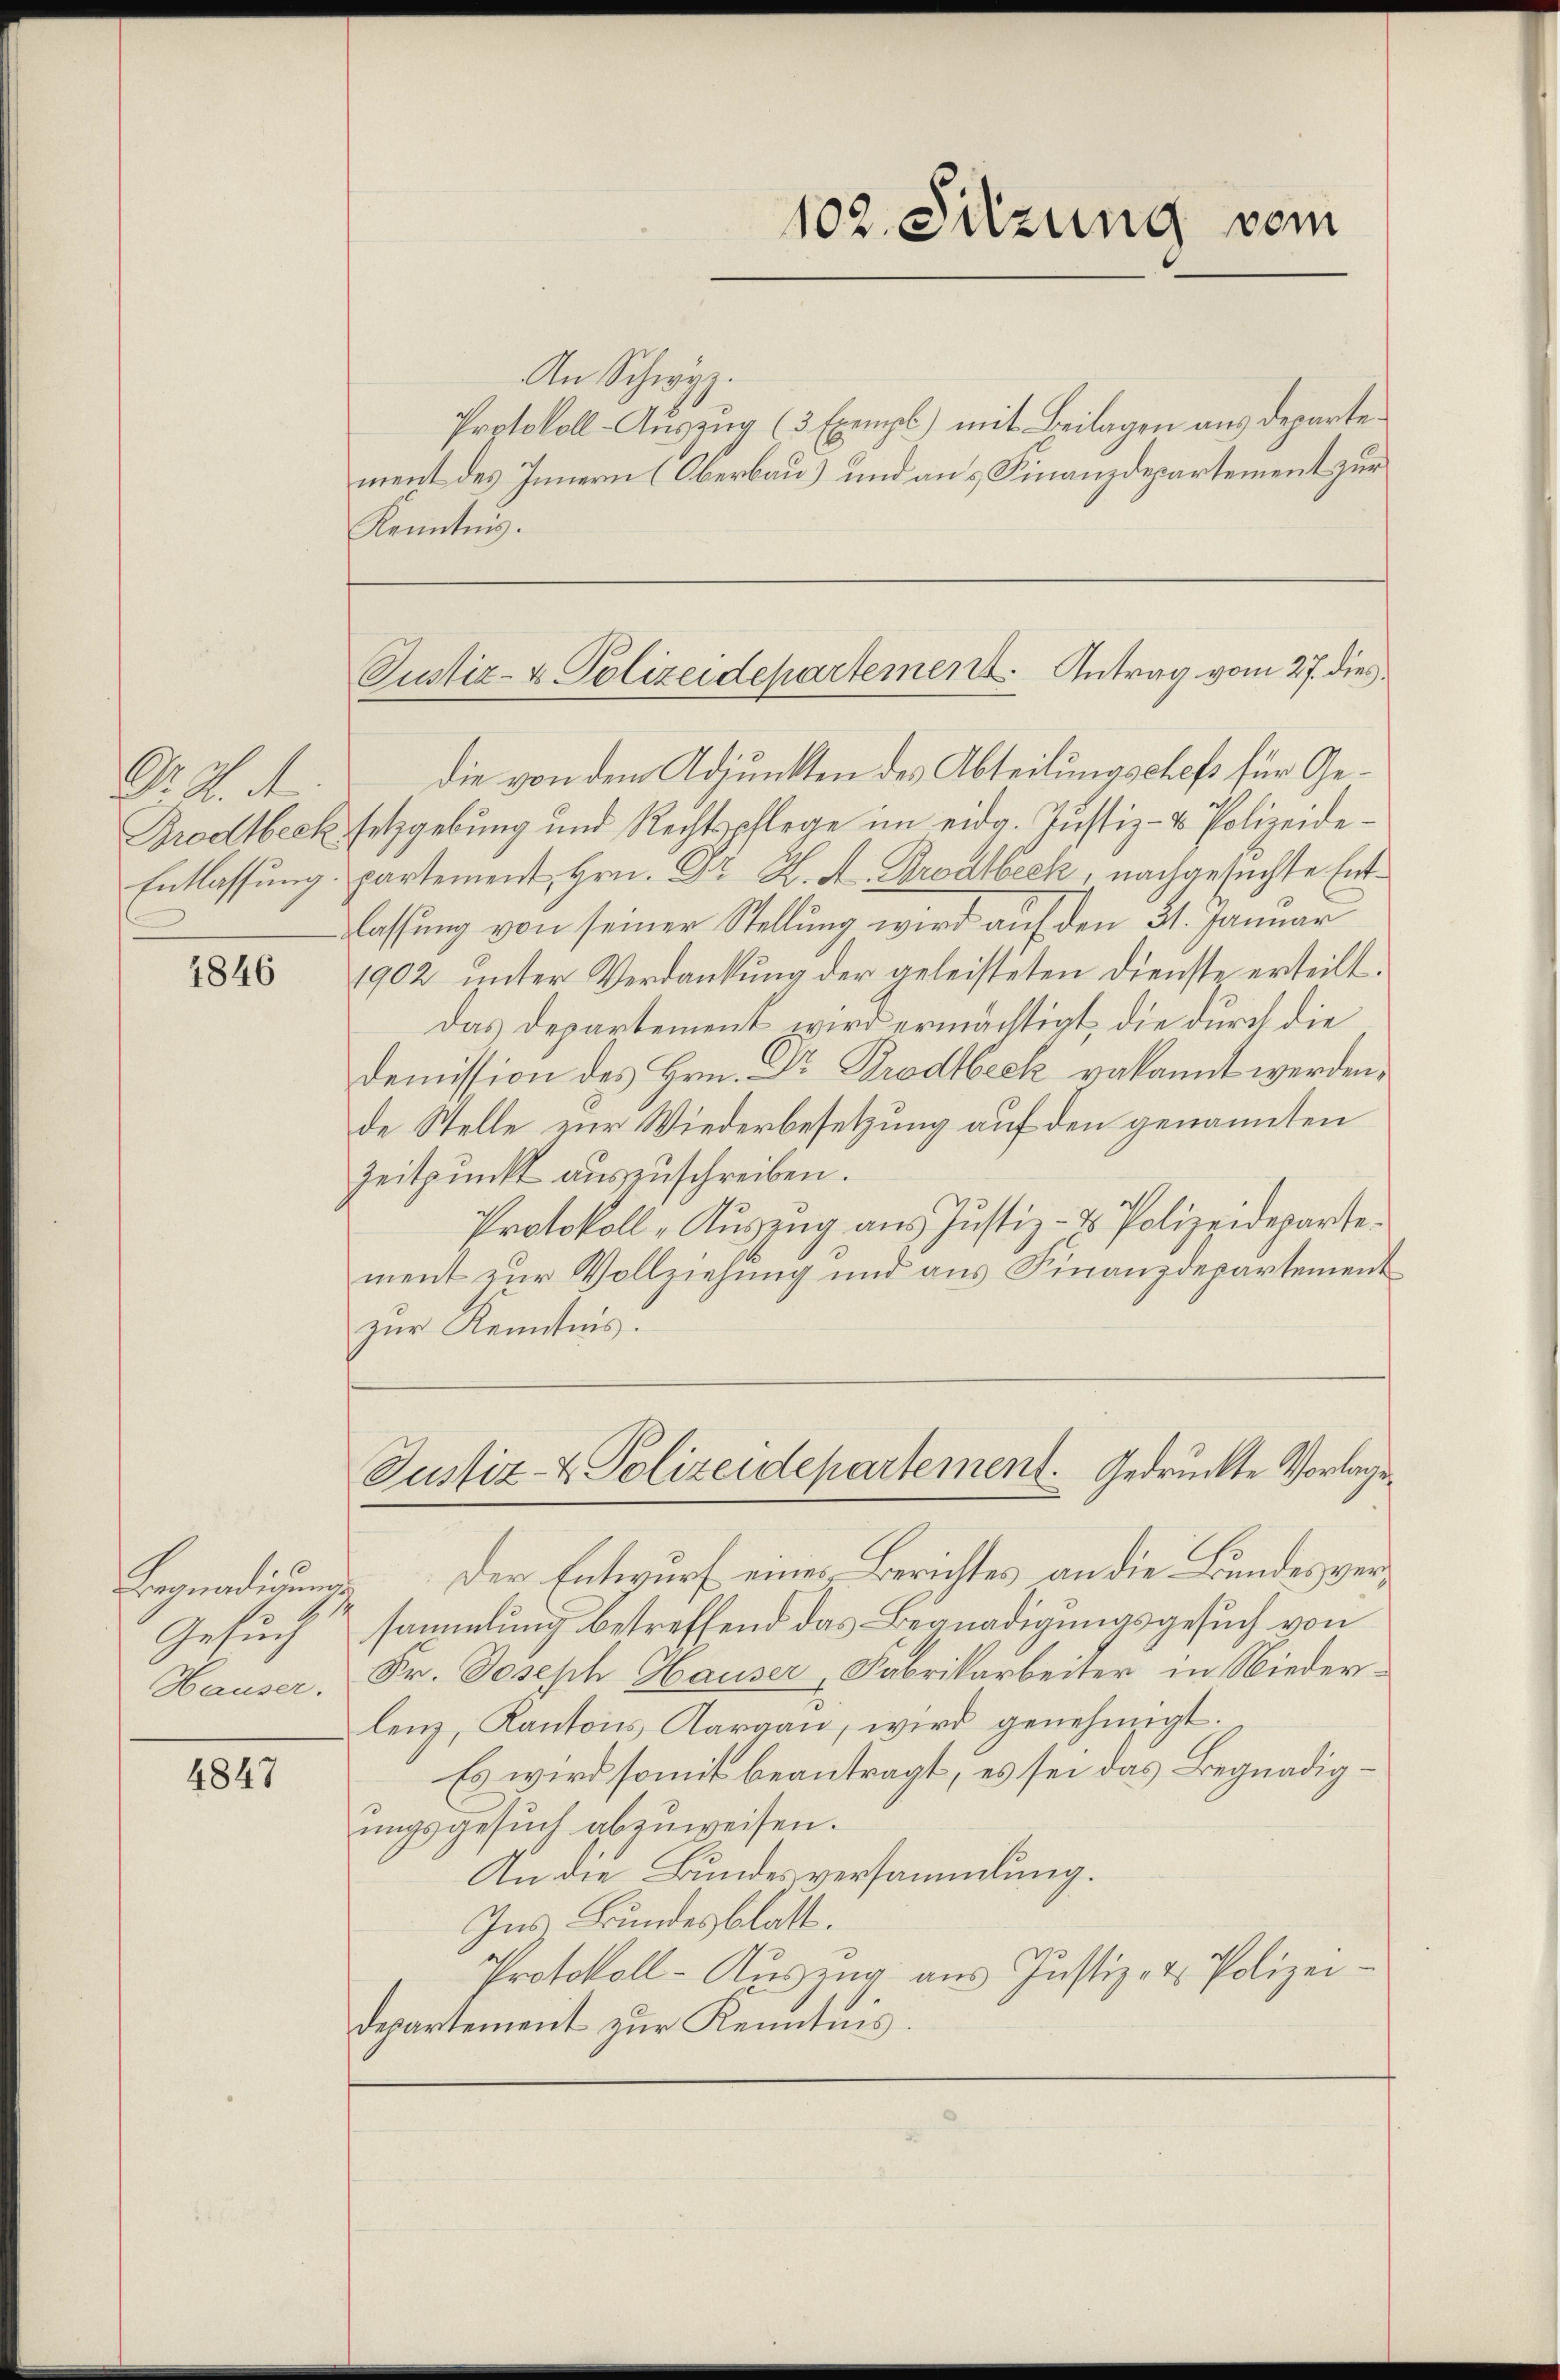
Dr. H. A
Grodlbeck.
Entlassung
.

4846

Begnadigun
Gesuch
Hauser.

4847

An Schwyz.
Protokoll-Auszug (3 Exempl.) mit Beilagen aus departement des Innern (Oberbau) und aus Finanzdepartement zur
Kenntnis.
die von dem Adjunkten des Abteilungschefs für Gesetzgebung und Rechtspflege im eidg. Justiz- & Polizeidepartement Hrn. Dr. H. A. Brodbeck, nachgesuchte Entlassung von seiner Stellung wird auf den 31. Januar
1902 unter Verdankung der geleisteten Dienste erteilt.
Das Departement wird ermächtigt, die durch die
Demission des Hrn. Dr Brodtbeck vakannt werden,
de Stelle zur Wiederbesetzung auf den genannten
Zeitpunkt auszuschreiben.
Protokoll „Auszug aus Justiz- & Polizeideparte
ment zur Vollziehung und aus Finanzdepartement
zur Kenntnis.

102. Sitzung vom

Justiz- & Polizeidepartement. Antrag vom 27. dies

Justiz- & Polizeidepartement. Gedruckte Vorlage

Der Entwurf eines Berichtes an die Bundes versammlung betreffend das Begnadigungsgesuch von
Fr. Joseph Hauser Fabrikarbeiter in Nieder-
lenz, Kantons Aargau, wird genehmigt.
Es wird somit beantragt, es sei das Begnadigungsgesuch abzuweisen.
An die Bundesversammlung.
Ins Bundesblatt.
Protokoll- Aŭszŭg aŭs Justiz- & Polizei-
departement zur Kenntnis.